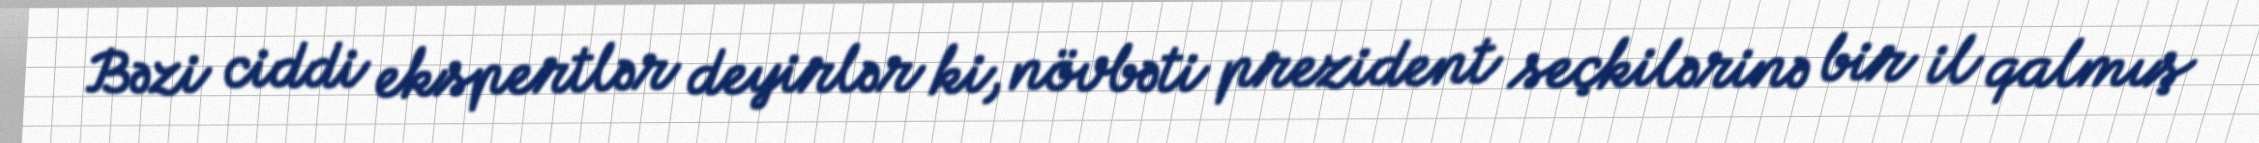
Bəzi ciddi ekspertlər deyirlər ki, növbəti prezident seçkilərinə bir il qalmış